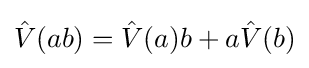
{\hat {V}}(ab)={\hat {V}}(a)b+a{\hat {V}}(b)